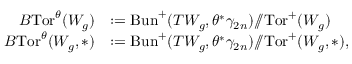
\begin{array} { r l } { B \mathrm { T o r } ^ { \theta } ( W _ { g } ) } & { : = \mathrm { B u n } ^ { + } ( T W _ { g } , \theta ^ { * } \gamma _ { 2 n } ) / \! \! / \mathrm { T o r } ^ { + } ( W _ { g } ) } \\ { B \mathrm { T o r } ^ { \theta } ( W _ { g } , * ) } & { : = \mathrm { B u n } ^ { + } ( T W _ { g } , \theta ^ { * } \gamma _ { 2 n } ) / \! \! / \mathrm { T o r } ^ { + } ( W _ { g } , * ) , } \end{array}